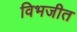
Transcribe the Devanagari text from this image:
विभजीत